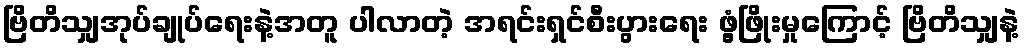
ဗြိတိသျှအုပ်ချုပ်ရေးနဲ့အတူ ပါလာတဲ့ အရင်းရှင်စီးပွားရေး ဖွံ့ဖြိုးမှုကြောင့် ဗြိတိသျှနဲ့